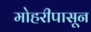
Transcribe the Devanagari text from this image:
मोहरीपासून